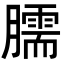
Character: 臑